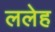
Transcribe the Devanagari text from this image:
ललेह